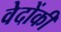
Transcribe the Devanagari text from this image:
वेदोंकी